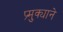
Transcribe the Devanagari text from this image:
प्र्मुक्याने